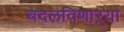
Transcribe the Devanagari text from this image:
बदलविणाऱ्या